Reports on military cantonments and civil stations in the Presidency of Bombay inspected by the Sanitary Commissioner in the years 1875 and 1876
Year: 1875
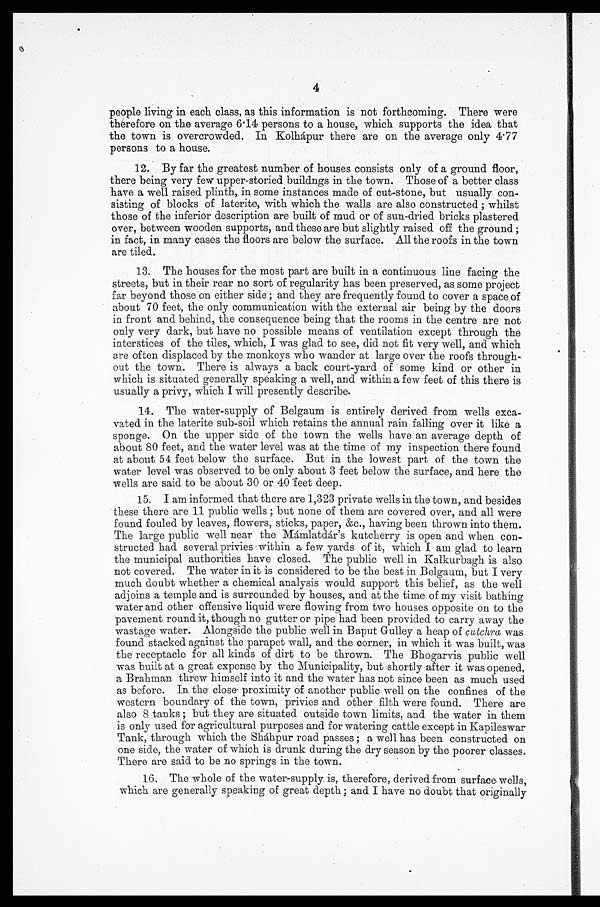
4
people living in each class, as this information is not forthcoming. There were
therefore on the average 6.14 persons to a house, which supports the idea that
the town is overcrowded. In Kolhápur there are on the average only 4.77
persons to a house.
12. By far the greatest number of houses consists only of a ground floor,
there being very few upper-storied buildngs in the town. Those of a better class
have a well raised plinth, in some instances made of cut-stone, but usually con--
sisting of blocks of laterite, with which the walls are also constructed ; whilst
those of the inferior description are built of mud or of sun-dried bricks plastered
over, between wooden supports, and these are but slightly raised off the ground ;
in fact, in many cases the floors are below the surface. All the roofs in the town
are tiled.
13. The houses for the most part are built in a continuous line facing the
streets, but in their rear no sort of regularity has been preserved, as . some project
far beyond those on either side ; and they are frequently found to cover a space of
about 70 feet, the only communication with the external air being by the doors
in front and behind, the consequence being that the rooms in the centre are not
only very dark, but have no possible means of ventilation except through the
interstices of the tiles, which, I was glad to see, did not fit very well, and which
are often displaced by the monkeys who wander at large over the roofs through-
- o u t t h e t o w n . T h e r e i s a l w a y s a b a c k c o u r t - y a r d o f s o m e k i n d o r o t h e r i n
which is situated generally speaking a well, and within a few feet of this there is
usually a privy, which I will presently describe.
14.
The water-supply of Belgaum is entirely derived from wells exca--
vated in the laterite sub-soil which retains the annual rain falling over it like a
sponge. On the upper side of the town the wells have an average depth of
about 80 feet, and the water level was at the time of my inspection there found
at about 54 feet below the surface. But in the lowest part of the town the
water level was observed to be only about 3 feet below the surface, and here the
wells are said to be about 30 or 40 feet deep.
15. I am informed that there are 1,323 private wells in the town, and besides
these there are 11 public wells ; but none of them are covered over, and all were
found fouled by leaves, flowers, sticks, paper, &c., having been thrown into them.
The large public well near the Mámlatár's kutcherry is open and when con-
structed had several privies within a few yards of it, which I am glad to learn
the municipal authorities have closed. The public well in Kalkurbagh is also
not covered. The water in it is considered to be the best in Belgaum, but I very
much doubt whether a chemical analysis would support this belief, as the well
adjoins a temple and is surrounded by houses, and at the time of my visit bathing
water and other offensive liquid were flowing from two houses opposite on to the
pavement round it, though no gutter or pipe had been provided to carry away the
wastage water. Alongside the public well in Baput Gulley a heap of cutchra was
found stacked against the parapet wall, and the corner, in which it was built, was
the receptacle for all kinds of dirt to be thrown. The Bhogarvis public well
was built at a great expense by the Municipality, but shortly after it was opened,
a Brahman threw himself into it and the water has not since been as much used
as before. In the close proximity of another public well on the confines of the
western boundary of the town, privies and other filth were found. There are
also 8 tanks ; but they are situated outside town limits, and the water in them
is only used for agricultural purposes and for watering cattle except in Kapileswar
Tank, through which the Sháhpur road passes ; a well has been constructed on
one side, the water of which is drunk during the dry season by the poorer classes.
There are said to be no springs in the town.
16. The whole of the water-supply is, therefore, derived from surface wells,
which are generally speaking of great depth ; and I have no doubt that originally